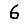
Digit: 6